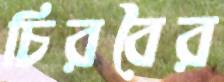
চিরবৈর